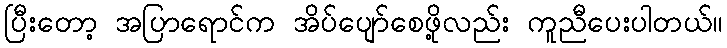
ပြီးတော့ အပြာရောင်က အိပ်ပျော်စေဖို့လည်း ကူညီပေးပါတယ်။